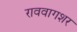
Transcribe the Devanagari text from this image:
राववागशर